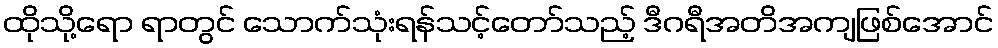
ထိုသို့ရော ရာတွင် သောက်သုံးရန်သင့်တော်သည့် ဒီဂရီအတိအကျဖြစ်အောင်